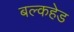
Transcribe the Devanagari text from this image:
बल्‍कहेड